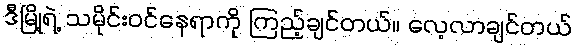
ဒီမြို့ရဲ့ သမိုင်းဝင်နေရာကို ကြည့်ချင်တယ်။ လေ့လာချင်တယ်